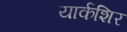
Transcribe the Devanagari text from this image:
यार्कशिर